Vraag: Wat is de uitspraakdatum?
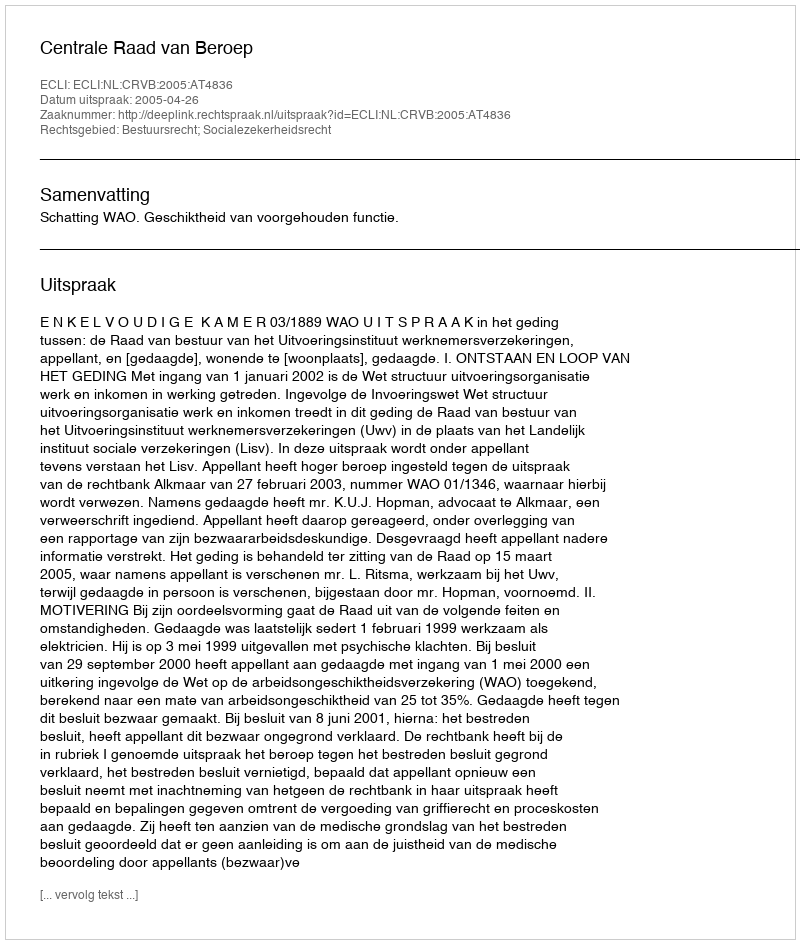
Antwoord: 2005-04-26